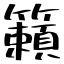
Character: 籟